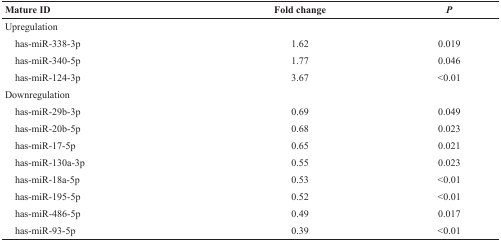
| Mature ID | Fold change | P |
 | --- | --- | --- |
 | Upregulation |  |  |
 | has-miR-338-3p | 1.62 | 0.019 |
 | has-miR-340-5p | 1.77 | 0.046 |
 | has-miR-124-3p | 3.67 | <0.01 |
 | Downregulation |  |  |
 | has-miR-29b-3p | 0.69 | 0.049 |
 | has-miR-20b-5p | 0.68 | 0.023 |
 | has-miR-17-5p | 0.65 | 0.021 |
 | has-miR-130a-3p | 0.55 | 0.023 |
 | has-miR-18a-5p | 0.53 | <0.01 |
 | has-miR-195-5p | 0.52 | <0.01 |
 | has-miR-486-5p | 0.49 | 0.017 |
 | has-miR-93-5p | 0.39 | <0.01 |